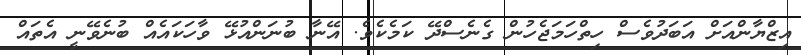
އިޒްޔާންއަށް އަބަދުވެސް ހިތްހަމަޖެހުން ގެނެސްދޭ ކަމެކެވެ. އޭނާ ބުނަންއުޅޭ ވާހަކައެއް ބުނެވޭނީ އެތައް